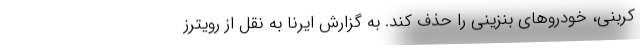
کربنی، خودروهای بنزینی را حذف کند. به گزارش ایرنا به نقل از رویترز